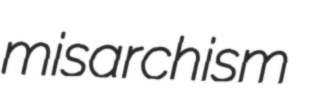
misarchism